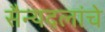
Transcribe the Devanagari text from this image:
सैन्यदलांचे